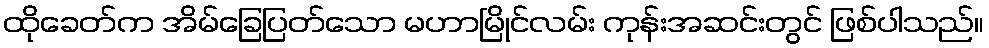
ထိုခေတ်က အိမ်ခြေပြတ်သော မဟာမြိုင်လမ်း ကုန်းအဆင်းတွင် ဖြစ်ပါသည်။